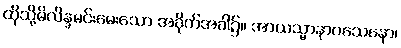
ထိုသို့မိလိန္ဒမင်းမေးသော အခိုက်အခါ၌။ အာယသ္မာနာဂသေနော၊